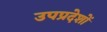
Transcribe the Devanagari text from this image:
उपप्रदेशों